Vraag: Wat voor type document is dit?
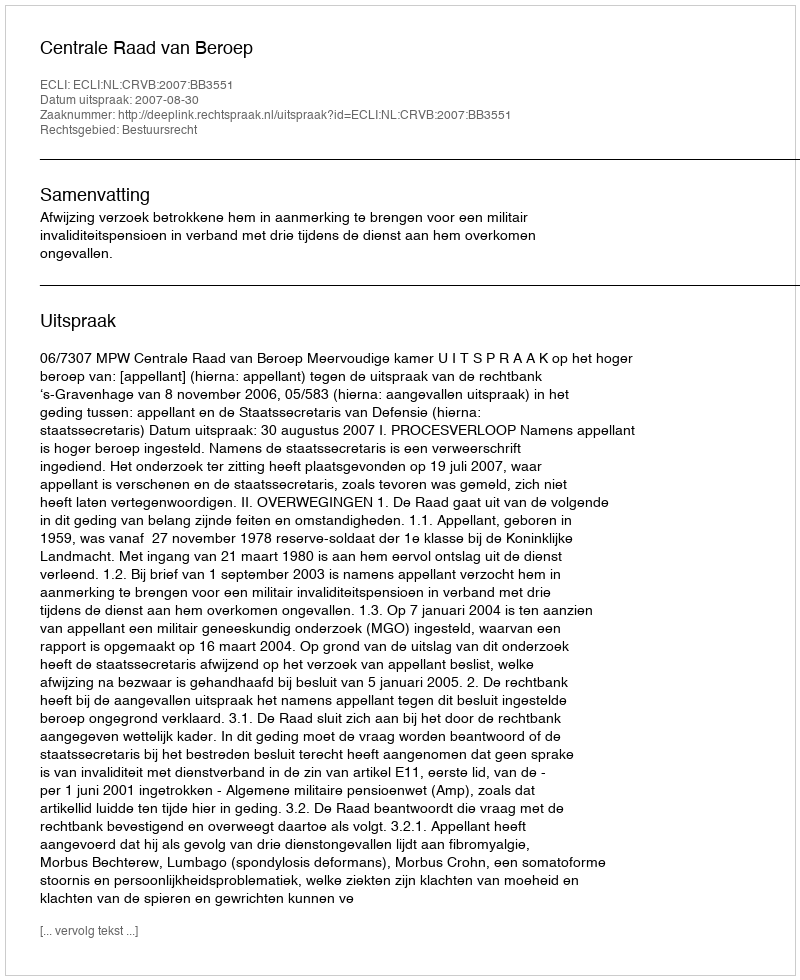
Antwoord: Uitspraak